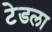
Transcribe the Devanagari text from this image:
टेडला